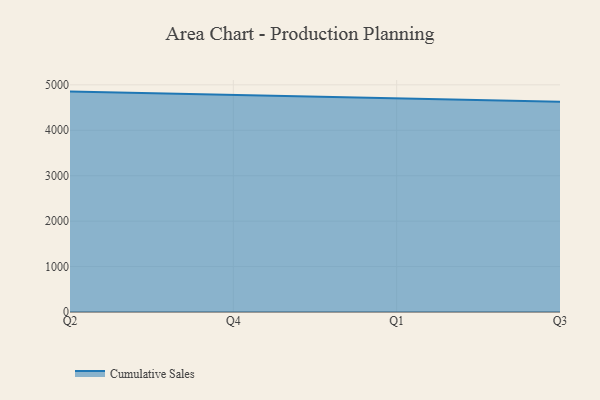
{"axis": {"x": "Quarter", "y": "Net Income (USD K)"}, "legend": ["Cumulative Sales"], "data": [{"x": "Q2", "y": 4851.7, "type": "Cumulative Sales"}, {"x": "Q4", "y": 4777.4, "type": "Cumulative Sales"}, {"x": "Q1", "y": 4703.8, "type": "Cumulative Sales"}, {"x": "Q3", "y": 4627.9, "type": "Cumulative Sales"}]}